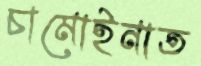
চামোইনাত